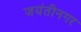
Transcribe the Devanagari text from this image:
जयंतीनगर